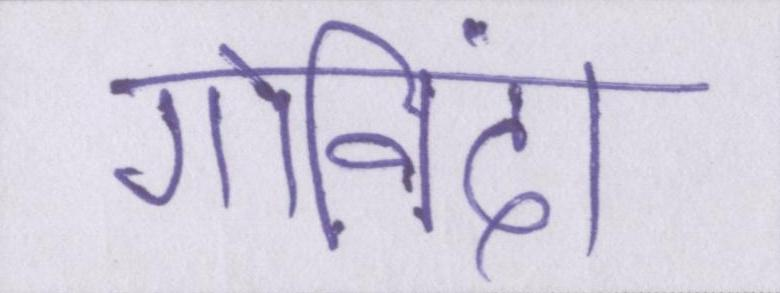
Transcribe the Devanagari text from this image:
गोविंदा